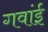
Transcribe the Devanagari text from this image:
गवांई